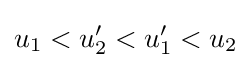
u_{1}<u_{2}'<u_{1}'<u_{2}